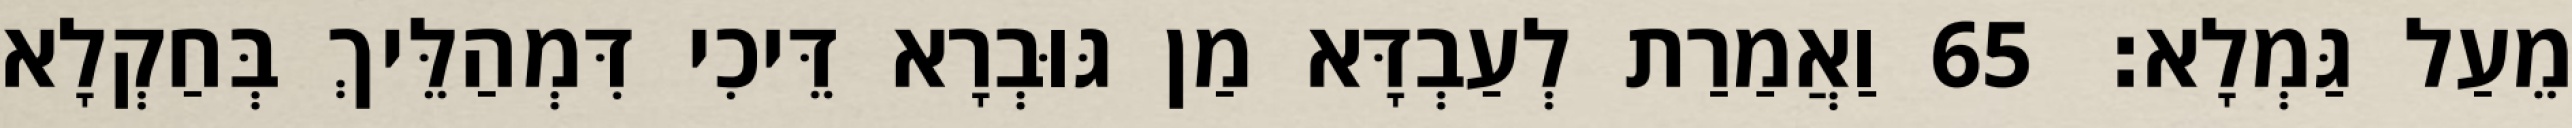
מֵעַל גַּמְלָא׃ 65 וַאֲמַרַת לְעַבְדָּא מַן גּוּבְרָא דֵּיכִי דִּמְהַלֵּיךְ בְּחַקְלָא